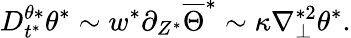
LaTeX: D_{t^{*}}^{\theta*}\theta^{*}\sim w^{*}\partial_{Z^{*}}\overline{{\Theta}}^{*}\sim\kappa\nabla_{\perp}^{*2}\theta^{*}.